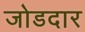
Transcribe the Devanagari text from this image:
जोडदार